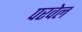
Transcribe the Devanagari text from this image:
परवेल